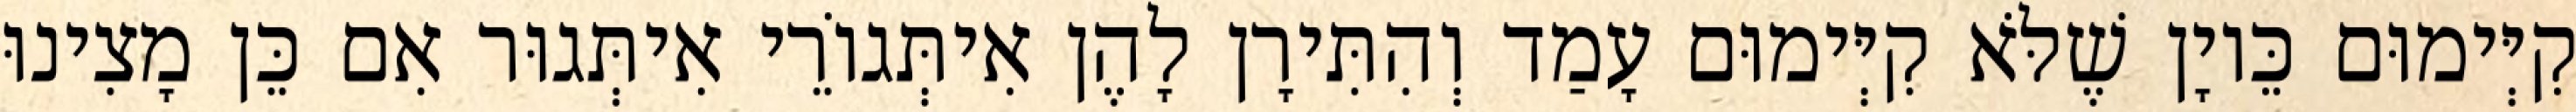
קִיְּימוּם כֵּיוָן שֶׁלֹּא קִיְּימוּם עָמַד וְהִתִּירָן לָהֶן אִיתְּגוֹרֵי אִיתְּגוּר אִם כֵּן מָצִינוּ